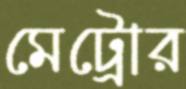
মেট্রোর